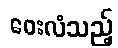
ဝေးလံသည့်